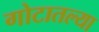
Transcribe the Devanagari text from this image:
गोटातल्या